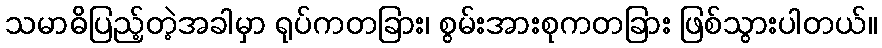
သမာဓိပြည့်တဲ့အခါမှာ ရုပ်ကတခြား၊ စွမ်းအားစုကတခြား ဖြစ်သွားပါတယ်။